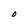
Character: O